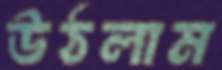
উঠলাম